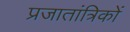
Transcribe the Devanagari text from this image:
प्रजातांत्रिकों